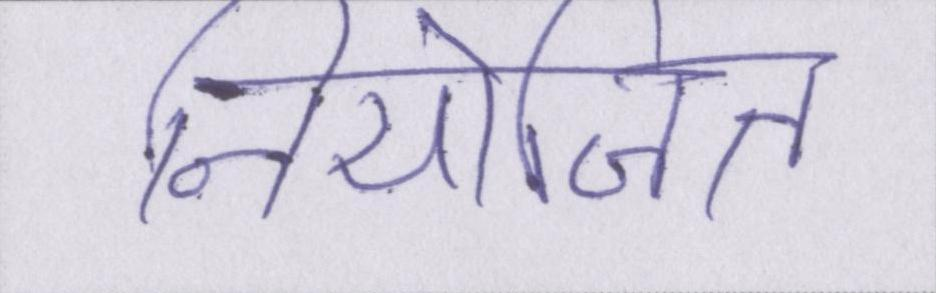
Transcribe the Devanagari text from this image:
नियोजित